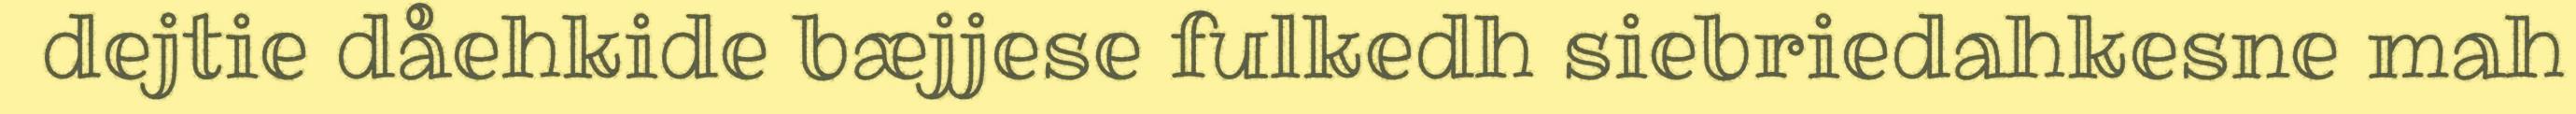
dejtie dåehkide bæjjese fulkedh siebriedahkesne mah